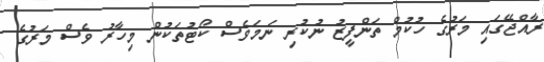
ރާއްޖޭގައި މަރުގެ ހުކުމް ތަންފީޒު ނުކުރި ނަމަވެސް ކޯޓުތަކުން މިހާރު ވެސް މަރުގެ